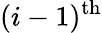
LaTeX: (i-1)^{\mathrm{th}}